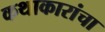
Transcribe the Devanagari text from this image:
कथाकारांचा